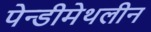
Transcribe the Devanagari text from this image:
पेन्‍डीमेथलीन